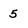
Character: 5